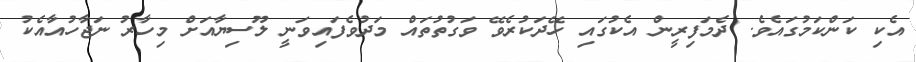
އެކި ކަންކަމުގައެވެ. ދެމަފިރީން އެކުގައި ހޭދަކުރެވޭ ވަގުތުތައް މަދުވެފައިވަނީ ލޫސިޔާއަށް މިހާރު ނަޖާހުއާއެކު